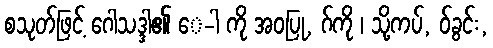
စသုတ်ဖြင့် ဂေါသဒ္ဒါ၏ ေ-ါ ကို အဝပြု, ဂ်ကို ၊ သို့ကပ်, ဝ်ခွင်း,